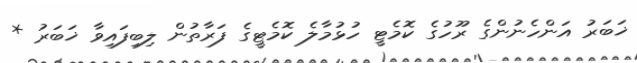
ޚަބަރު އަންހެނުންގެ ރޫހުގެ ކޮމެޓީ ހުޅުމާލެ ކޮމެޓީގެ ފަރާތުން ލިބިފައިވާ ޚަބަރު *